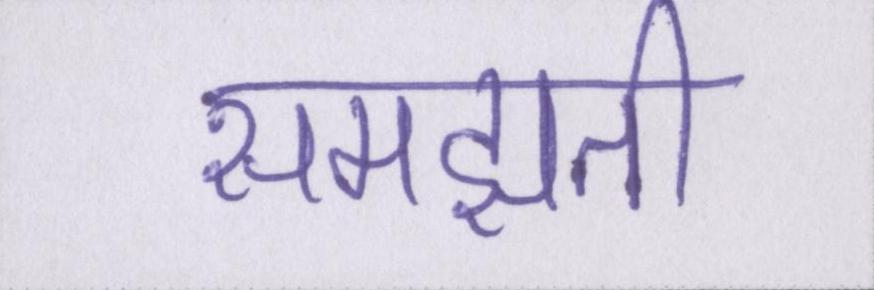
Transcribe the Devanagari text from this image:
समझती